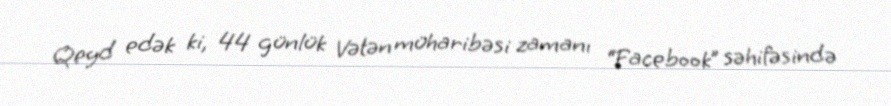
Qeyd edək ki, 44 günlük Vətən müharibəsi zamanı “Facebook” səhifəsində